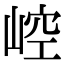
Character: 崆